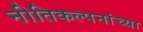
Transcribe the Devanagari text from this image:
नीतिकल्पनांच्या